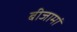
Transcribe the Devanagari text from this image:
बीजामां